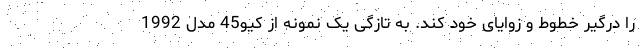
را درگیر خطوط و زوایای خود کند. به تازگی یک نمونه از کیو45 مدل 1992